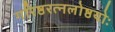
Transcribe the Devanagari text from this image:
गरिष्ठरत्नलोष्ठयोः